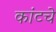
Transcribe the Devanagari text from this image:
कांटचे